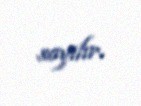
sayılır.